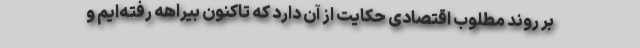
بر روند مطلوب اقتصادی حكایت از آن دارد كه تاكنون بیراهه رفته‌ایم و